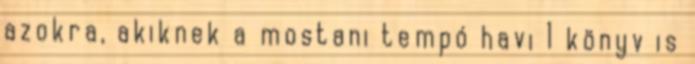
azokra, akiknek a mostani tempó havi 1 könyv is